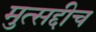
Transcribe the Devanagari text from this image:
मुत्सद्दीच